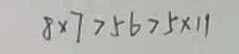
8 \times 7 > 5 6 > 5 \times 1 1